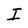
Character: I